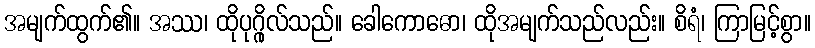
အမျက်ထွက်၏။ အဿ၊ ထိုပုဂ္ဂိုလ်သည်။ ခေါကောဓော၊ ထိုအမျက်သည်လည်း။ စိရံ၊ ကြာမြင့်စွာ။